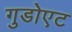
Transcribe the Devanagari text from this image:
गुडोएट